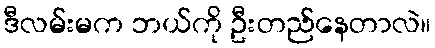
ဒီလမ်းမက ဘယ်ကို ဦးတည်နေတာလဲ။